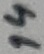
Text: 14